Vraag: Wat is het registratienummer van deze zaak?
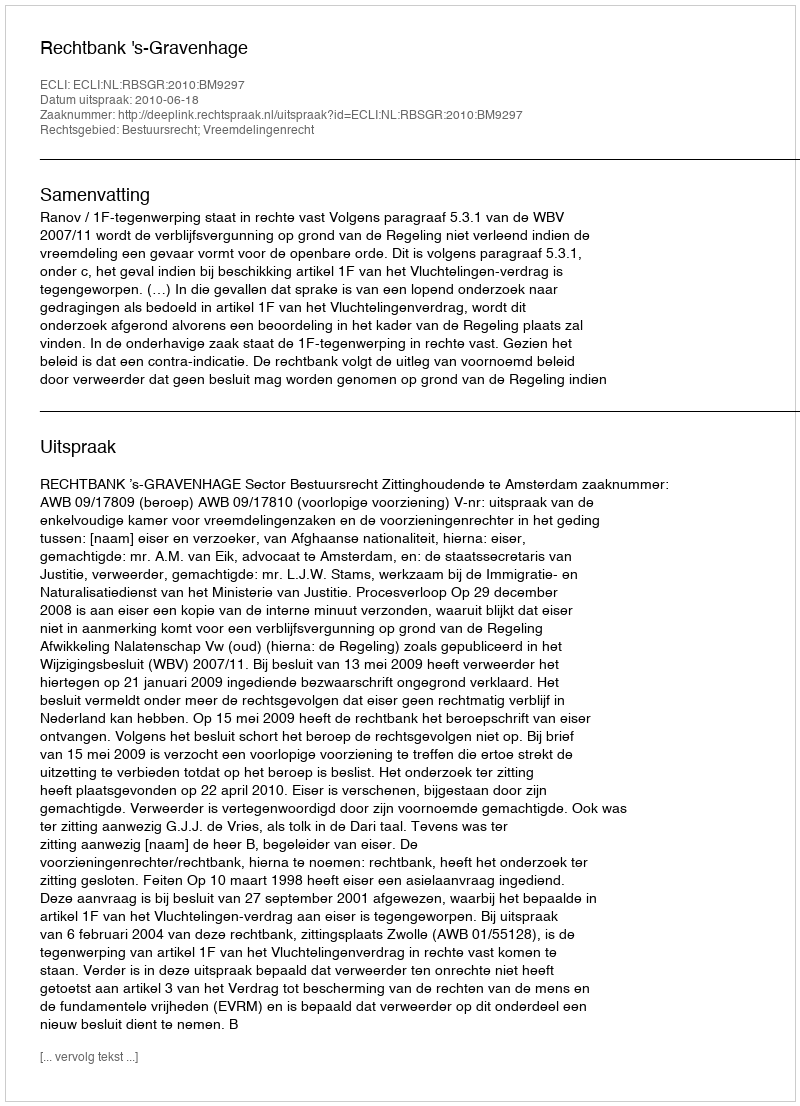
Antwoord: http://deeplink.rechtspraak.nl/uitspraak?id=ECLI:NL:RBSGR:2010:BM9297